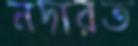
নদারত